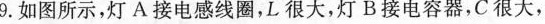
9.如图所示，灯A接电感线圈，L很大，灯B接电容器，C很大，